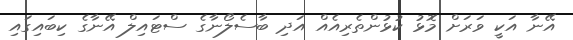
އޭނާ އަކީ ވަރަށް މޮޅު ކުޅުންތެރިއެއް އަދި ބާސެލޯނާގެ ސްޓައިލް އޭނާގެ ކިބައިގައި